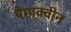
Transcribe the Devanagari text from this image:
पैमाक्वीन